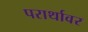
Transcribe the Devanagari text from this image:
परार्थावर